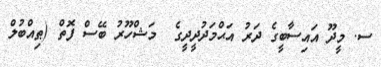
ސ. މީދޫ އައިސާބީގެ ދަރު އަޙްމަދުދީދީގެ  މަޝްހޫރު ބޭސް ފޮތް (ޠިއްބުލް